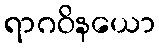
ရာဂဝိနယော